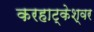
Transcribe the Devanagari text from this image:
करहाट्केश्वर